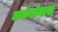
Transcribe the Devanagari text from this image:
कर्करोगास